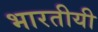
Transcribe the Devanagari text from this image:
भारतीयी